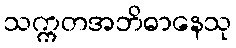
သက္ကတအဘိဓာနေသု